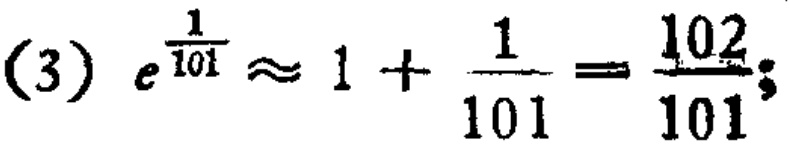
(3) \(e^{\frac{1}{101}}\approx 1 + \frac{1}{101}=\frac{102}{101}\);